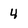
Character: 4